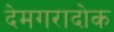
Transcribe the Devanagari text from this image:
देमगरादोक